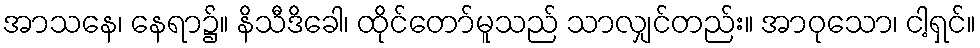
အာသနေ၊ နေရာ၌။ နိသီဒိခေါ၊ ထိုင်တော်မူသည် သာလျှင်တည်း။ အာဝုသော၊ ငါ့ရှင်။